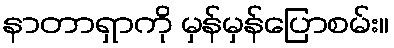
နာတာရှာကို မှန်မှန်ပြောစမ်း။